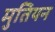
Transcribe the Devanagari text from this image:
मुतियन